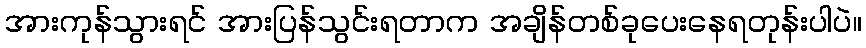
အားကုန်သွားရင် အားပြန်သွင်းရတာက အချိန်တစ်ခုပေးနေရတုန်းပါပဲ။